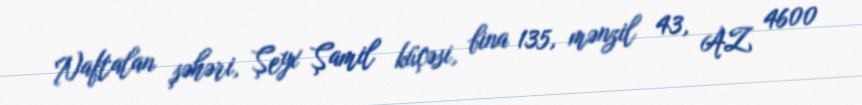
Naftalan şəhəri, Şeyx Şamil küçəsi, bina 135, mənzil 43, AZ 4600